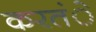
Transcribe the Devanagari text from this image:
करतंे